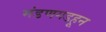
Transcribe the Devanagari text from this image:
मंडणगडहून